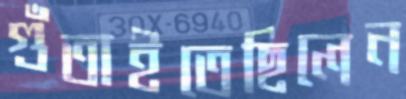
গুঁতাইতেছিলেন